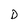
Character: D